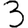
Digit: 3